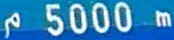
5000 m